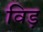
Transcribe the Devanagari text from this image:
विड़